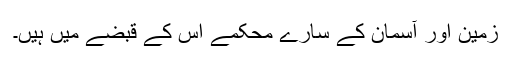
زمین اور آسمان کے سارے محکمے اس کے قبضے میں ہیں۔